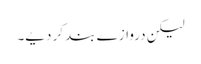
لیکن دروازے بند کر دیے۔